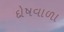
દોષવાળા